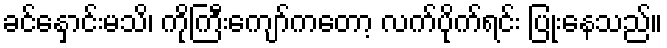
ခင်နှောင်းမသိ၊ ကိုကြီးကျော်ကတော့ လက်ပိုက်ရင်း ပြုံးနေသည်။